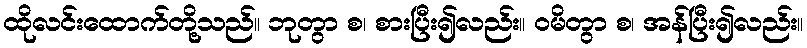
ထိုလင်းထောက်တို့သည်။ ဘုတွာ စ၊ စားပြီး၍လည်း။ ဝမိတွာ စ၊ အန်ပြီး၍လည်း။